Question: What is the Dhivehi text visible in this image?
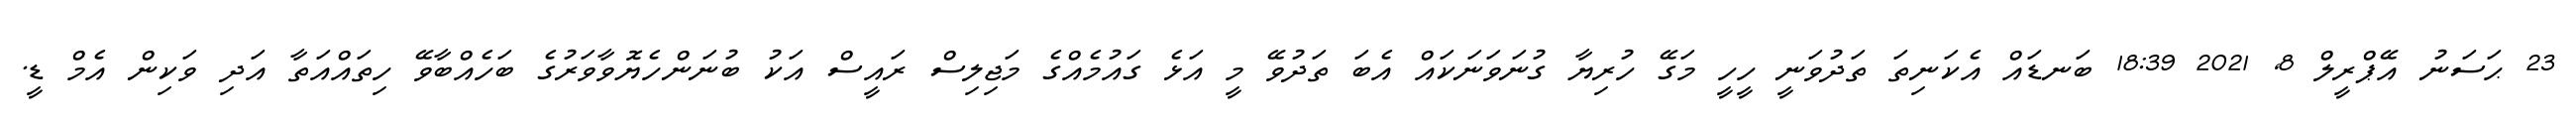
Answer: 23 ޙަސަނު އޭޕްރީލް 8, 2021 18:39 ބަނޑައް އެކަނިތަ ތަދުވަނީ ހީހީ މަގޭ ހުރިޔާ ގުނަވަނަކައް އެބަ ތަދުވޭ މީ އަޅެ ގައުމެއްގެ މަޖިލިސް ރައީސް އަކު ބުނަންހެޔޮވާވަރުގެ ބަހެއްބާވޭ ހިތައްއަތާ އަދި ވަކިން އެމް ޑީ.